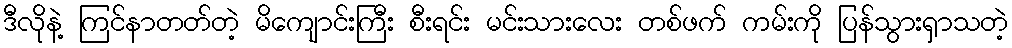
ဒီလိုနဲ့ ကြင်နာတတ်တဲ့ မိကျောင်းကြီး စီးရင်း မင်းသားလေး တစ်ဖက် ကမ်းကို ပြန်သွားရှာသတဲ့